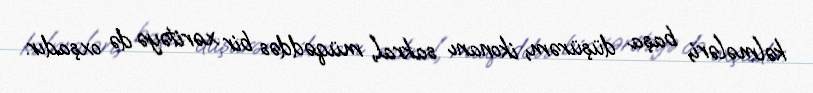
kəlmələri, başa düşürəm, ikonanı sakral, müqəddəs bir xəritəyə də oxşadır.